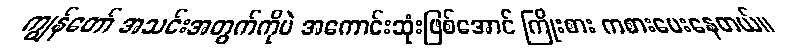
ကျွန်တော် အသင်းအတွက်ကိုပဲ အကောင်းဆုံးဖြစ်အောင် ကြိုးစား ကစားပေးနေတယ်။